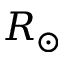
R _ { \odot }